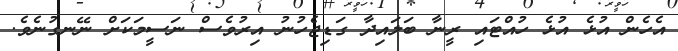
އެހެން އުޅެ އުޅެ ހުއްޓައި ރީނާ ބަލައިދާ ގަޑިޖެހުނު އިރުވެސް ނަސީމަކަށް ނޭނގުނެވެ.